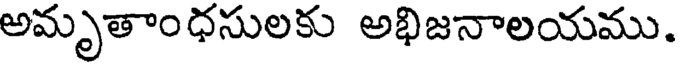
అమృతాంధసులకు అభిజనాలయము.